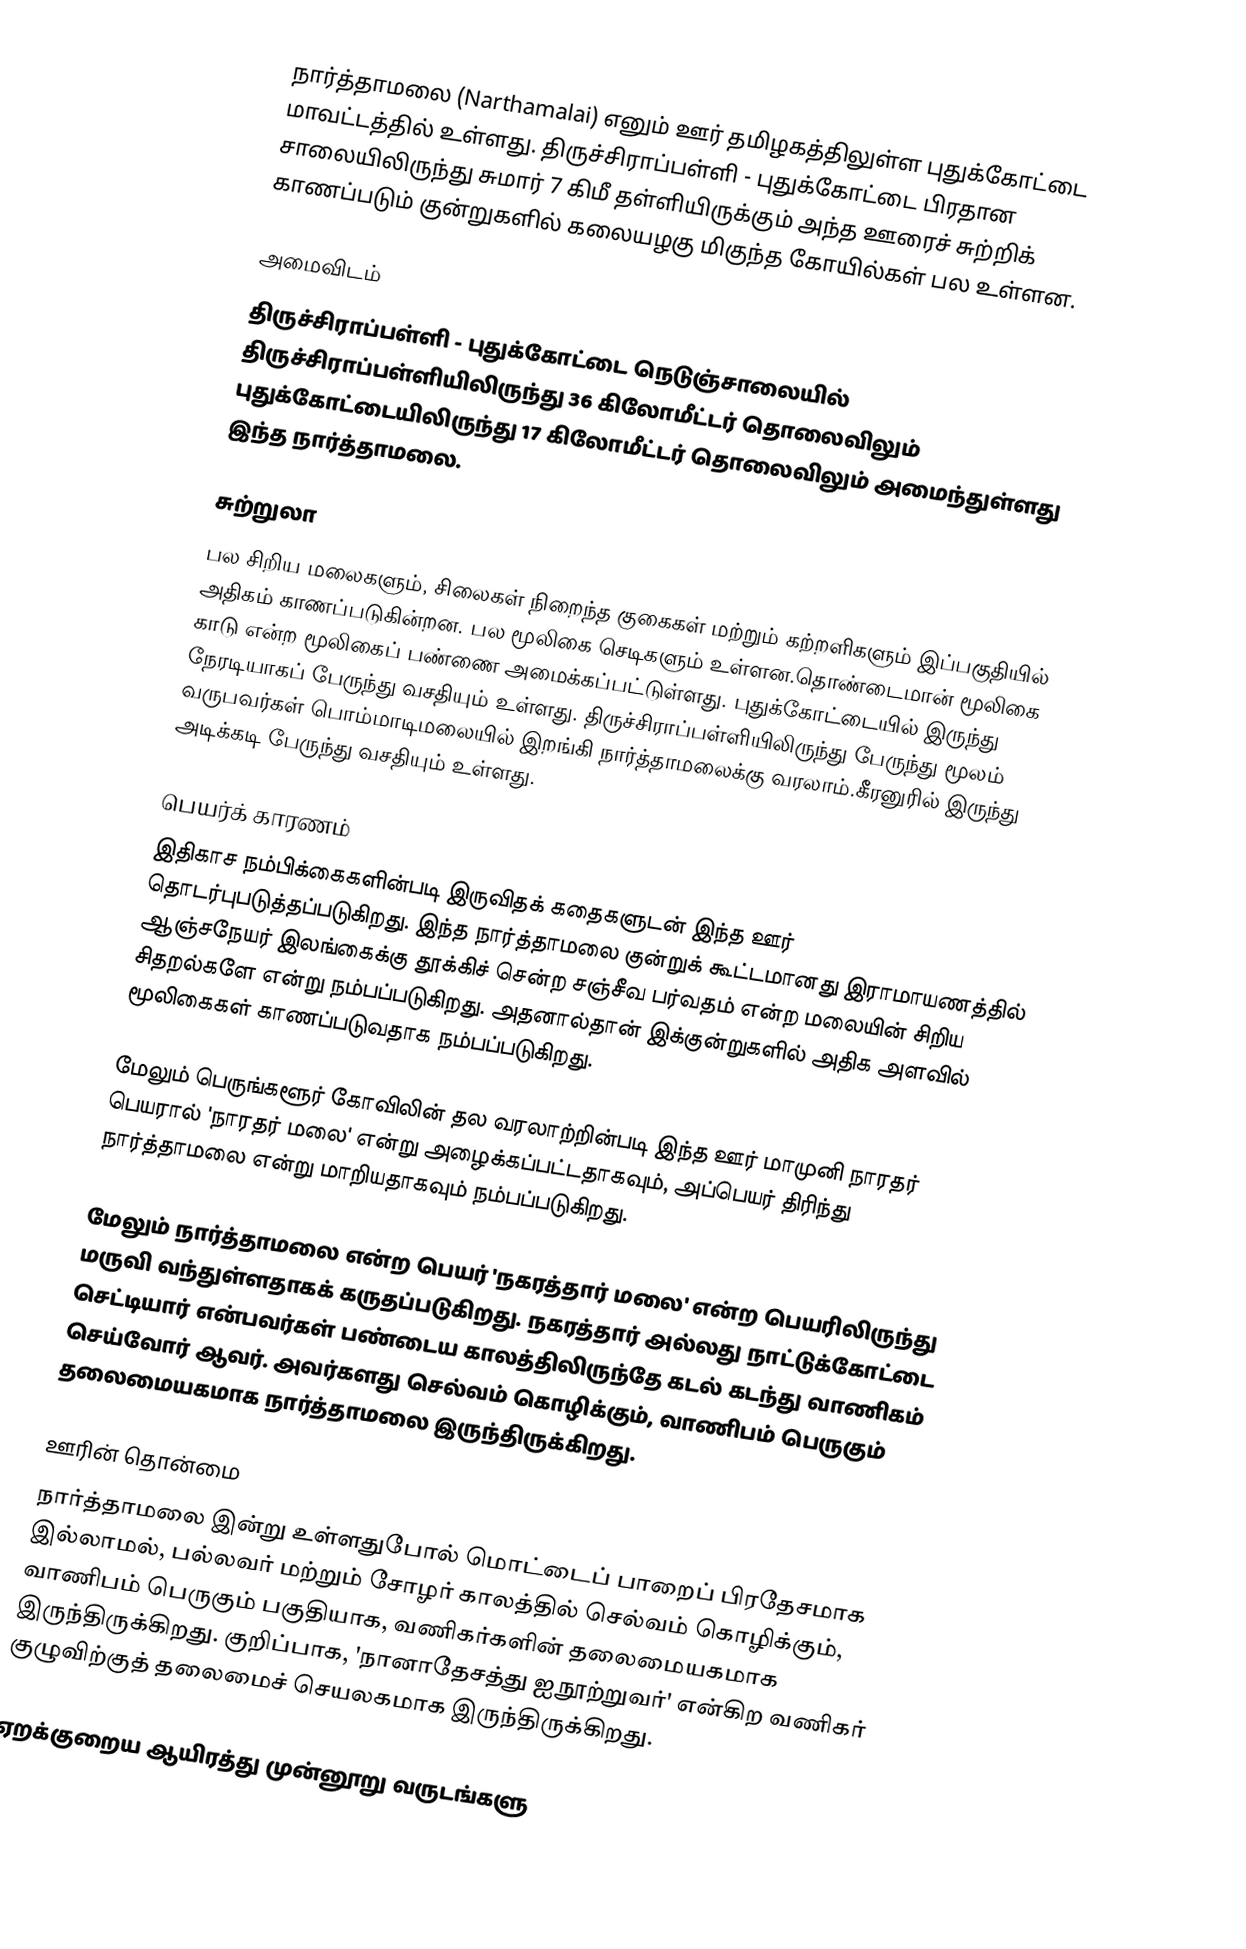
நார்த்தாமலை (Narthamalai) எனும் ஊர் தமிழகத்திலுள்ள புதுக்கோட்டை மாவட்டத்தில் உள்ளது. திருச்சிராப்பள்ளி - புதுக்கோட்டை பிரதான சாலையிலிருந்து சுமார் 7 கிமீ தள்ளியிருக்கும் அந்த ஊரைச் சுற்றிக் காணப்படும் குன்றுகளில் கலையழகு மிகுந்த கோயில்கள் பல உள்ளன.

அமைவிடம்
திருச்சிராப்பள்ளி - புதுக்கோட்டை நெடுஞ்சாலையில் திருச்சிராப்பள்ளியிலிருந்து 36 கிலோமீட்டர் தொலைவிலும் புதுக்கோட்டையிலிருந்து 17 கிலோமீட்டர் தொலைவிலும் அமைந்துள்ளது இந்த நார்த்தாமலை.

சுற்றுலா
பல சிறிய மலைகளும், சிலைகள் நிறைந்த குகைகள் மற்றும் கற்றளிகளும் இப்பகுதியில் அதிகம் காணப்படுகின்றன. பல மூலிகை செடிகளும் உள்ளன.தொண்டைமான் மூலிகை காடு என்ற மூலிகைப் பண்ணை அமைக்கப்பட்டுள்ளது. புதுக்கோட்டையில் இருந்து நேரடியாகப் பேருந்து வசதியும் உள்ளது. திருச்சிராப்பள்ளியிலிருந்து பேருந்து மூலம் வருபவர்கள் பொம்மாடிமலையில் இறங்கி நார்த்தாமலைக்கு வரலாம்.கீரனுரில் இருந்து அடிக்கடி பேருந்து வசதியும் உள்ளது.

பெயர்க் காரணம்
இதிகாச நம்பிக்கைகளின்படி இருவிதக் கதைகளுடன் இந்த ஊர் தொடர்புபடுத்தப்படுகிறது. இந்த நார்த்தாமலை குன்றுக் கூட்டமானது இராமாயணத்தில் ஆஞ்சநேயர் இலங்கைக்கு தூக்கிச் சென்ற சஞ்சீவ பர்வதம் என்ற மலையின் சிறிய சிதறல்களே என்று நம்பப்படுகிறது. அதனால்தான் இக்குன்றுகளில் அதிக அளவில் மூலிகைகள் காணப்படுவதாக நம்பப்படுகிறது.

மேலும் பெருங்களூர் கோவிலின் தல வரலாற்றின்படி இந்த ஊர் மாமுனி நாரதர் பெயரால் 'நாரதர் மலை' என்று அழைக்கப்பட்டதாகவும், அப்பெயர் திரிந்து நார்த்தாமலை என்று மாறியதாகவும் நம்பப்படுகிறது.

மேலும் நார்த்தாமலை என்ற பெயர் 'நகரத்தார் மலை' என்ற பெயரிலிருந்து மருவி வந்துள்ளதாகக் கருதப்படுகிறது. நகரத்தார் அல்லது நாட்டுக்கோட்டை செட்டியார் என்பவர்கள் பண்டைய காலத்திலிருந்தே கடல் கடந்து வாணிகம் செய்வோர் ஆவர். அவர்களது செல்வம் கொழிக்கும், வாணிபம் பெருகும் தலைமையகமாக நார்த்தாமலை இருந்திருக்கிறது.

ஊரின் தொன்மை
நார்த்தாமலை இன்று உள்ளதுபோல் மொட்டைப் பாறைப் பிரதேசமாக இல்லாமல், பல்லவர் மற்றும் சோழர் காலத்தில் செல்வம் கொழிக்கும், வாணிபம் பெருகும் பகுதியாக, வணிகர்களின் தலைமையகமாக இருந்திருக்கிறது. குறிப்பாக, 'நானாதேசத்து ஐநூற்றுவர்' என்கிற வணிகர் குழுவிற்குத் தலைமைச் செயலகமாக இருந்திருக்கிறது.

ஏறக்குறைய ஆயிரத்து முன்னூறு வருடங்களு